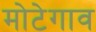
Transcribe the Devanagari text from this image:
मोटेगाव